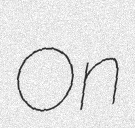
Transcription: On